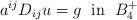
LaTeX: \begin{align*}a^{ij} D_{ij} u= g\;\mbox{ in }\;B^+_4\end{align*}